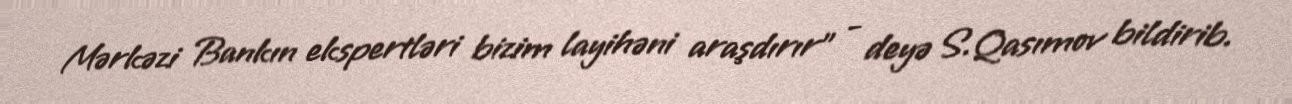
Mərkəzi Bankın ekspertləri bizim layihəni araşdırır” - deyə S.Qasımov bildirib.